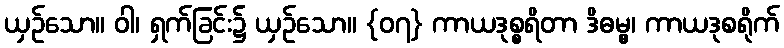
ယှဉ်သော။ ဝါ၊ ရှက်ခြင်း၌ ယှဉ်သော။ {၀၇} ကာယဒုစ္စရိတာ ဒိဓမ္မွ၊ ကာယဒုစရိုက်